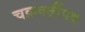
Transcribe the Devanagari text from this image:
चक्रवर्तीपद